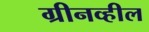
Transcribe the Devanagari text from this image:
ग्रीनव्हील